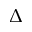
\Delta